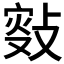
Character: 𢾐